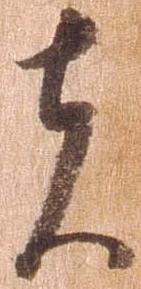
者